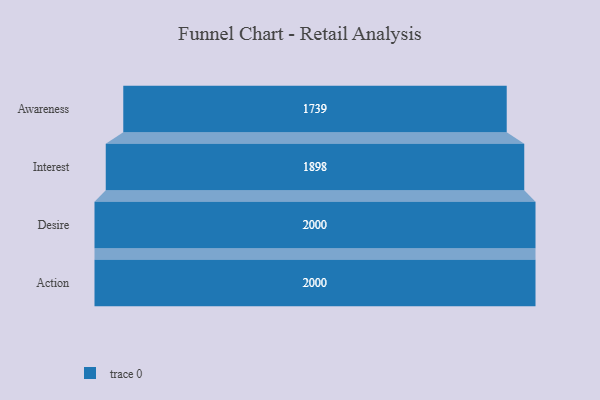
{"axis": {"x": "Stage", "y": "Value"}, "legend": [""], "data": [{"x": "Awareness", "y": 1739.0, "type": ""}, {"x": "Interest", "y": 1898.0, "type": ""}, {"x": "Desire", "y": 2000, "type": ""}, {"x": "Action", "y": 2000, "type": ""}]}